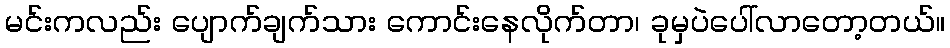
မင်းကလည်း ပျောက်ချက်သား ကောင်းနေလိုက်တာ၊ ခုမှပဲပေါ်လာတော့တယ်။